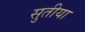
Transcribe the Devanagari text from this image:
सुतीया